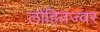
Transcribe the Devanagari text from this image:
लोहितज्वर